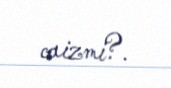
caizmi?.